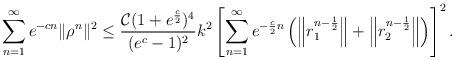
LaTeX: \begin{align*} \sum\limits_{n=1}^{\infty} e^{-cn}\|\rho^n\|^2 & \leq \frac{\mathcal{C}(1+e^{\frac{c}{2}})^4}{(e^{c}-1)^2} k^2 \left[\sum\limits_{n=1}^{\infty} e^{-\frac{c}{2}n} \left( \left\|r_1^{n-\frac{1}{2}}\right\| + \left\|r_2^{n-\frac{1}{2}}\right\| \right) \right]^2. \end{align*}